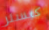
كيسلر